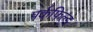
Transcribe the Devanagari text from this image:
पर्कफिल्ड